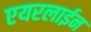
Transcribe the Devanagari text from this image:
एयरलाईन